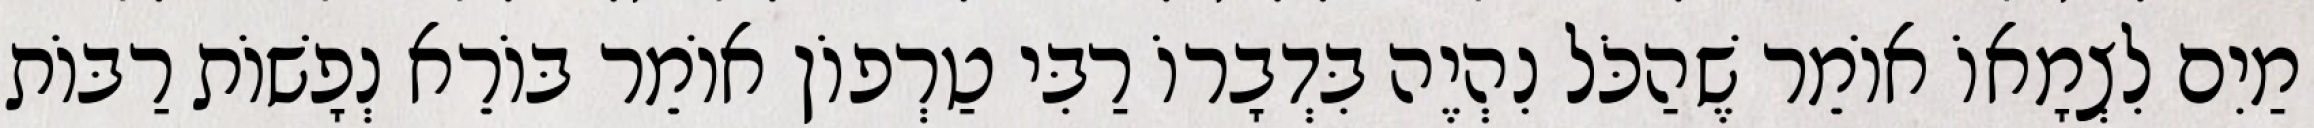
מַיִם לִצְמָאוֹ אוֹמֵר שֶׁהַכֹּל נִהְיֶה בִּדְבָרוֹ רַבִּי טַרְפוֹן אוֹמֵר בּוֹרֵא נְפָשׁוֹת רַבּוֹת